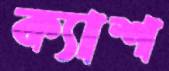
ক্যাশ